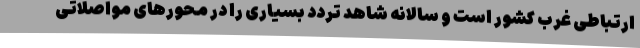
ارتباطی غرب کشور است و سالانه شاهد تردد بسیاری را در محورهای مواصلاتی